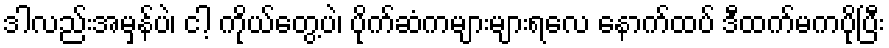
ဒါလည်းအမှန်ပဲ၊ ငါ့ ကိုယ်တွေ့ပဲ၊ ပိုက်ဆံကများများရလေ နောက်ထပ် ဒီထက်မကပိုပြီး